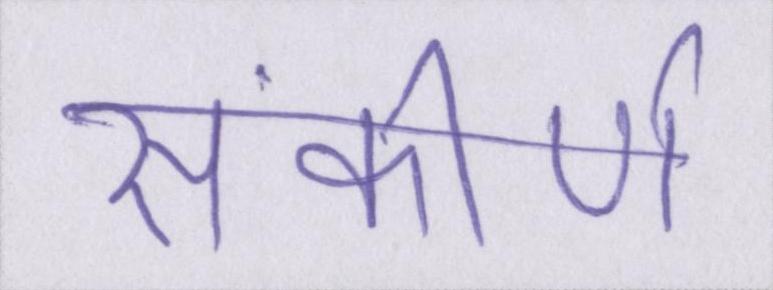
संकीर्ण